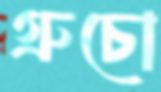
গ্রুচো